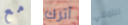
مع أترك للتمشي